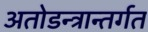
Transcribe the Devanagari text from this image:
अतोडन्त्रान्तर्गत